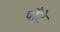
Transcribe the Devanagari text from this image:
पौंटे